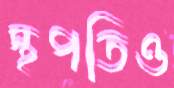
স্থপতিও